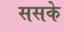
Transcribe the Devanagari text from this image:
ससके